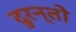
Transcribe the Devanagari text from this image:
दुरन्तो